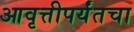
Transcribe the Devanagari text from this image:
आवृत्तीपर्यंतचा